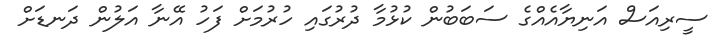
ސީރިއަސް އަނިޔާއެއްގެ ސަބަބުން ކުޅުމާ ދުރުގައި ހުރުމަށް ފަހު އޭނާ އަލުން ދަނޑަށް